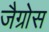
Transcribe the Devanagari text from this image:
जैग्रोस